Report on vaccination in the Province of Bengal - 1874-1889
Year: 1874
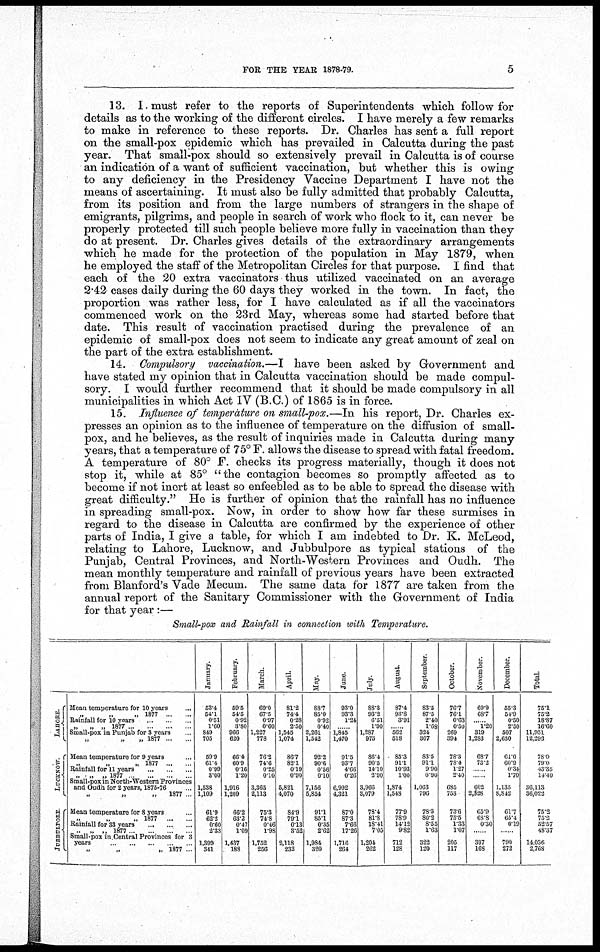
FOR THE YEAR 1878-79.
5
13. I must refer to the reports of Superintendents which follow for
details as to the working of the different circles. I have merely a few remarks
to make in reference to these reports. Dr. Charles has sent a full report
on the small-pox epidemic which has prevailed in Calcutta during the past
year. That small-pox should so extensively prevail in Calcutta is of course
an indication of a want of sufficient vaccination, but whether this is owing
to any deficiency in the Presidency Vaccine Department I have not the
means of ascertaining. It must also be fully admitted that probably Calcutta,
from its position and from the large numbers of strangers in the shape of
emigrants, pilgrims, and people in search of work who flock to it, can never be
properly protected till such people believe more fully in vaccination than they
do at present. Dr. Charles gives details of the extraordinary arrangements
which he made for the protection of the population in May 1879, when
he employed the staff of the Metropolitan Circles for that purpose. I find that
each of the 20 extra vaccinators thus utilized vaccinated on an average
2.42 cases daily during the 60 days they worked in the town. In fact, the
proportion was rather less, for I have calculated as if all the vaccinators
commenced work on the 23 rd May, whereas some had started before that
date. This result of vaccination practised during the prevalence of an
epidemic of small-pox does not seem to indicate any great amount of zeal on
the part of the extra establishment.
14. Compulsory vaccination.—I have been asked by Government and
have stated my opinion that in Calcutta vaccination should be made compul-
sory. I would further recommend that it should be made compulsory in all
municipalities in which Act IV (B.C.) of 1865 is in force.
15. Influence of temperature on small-pox.—In his report, Dr. Charles ex-
presses an opinion as to the influence of temperature on the diffusion of small-
pox, and he believes, as the result of inquiries made in Calcutta during many
years, that a temperature of 75° F. allows the disease to spread with fatal freedom.
A temperature of 80° F. checks its progress materially, though it does not
stop it, while at 85° "the contagion becomes so promptly affected as to
become if not inert at least so enfeebled as to be able to spread the disease with
great difficulty." He is further of opinion that the rainfall has no influence
in spreading small-pox. Now, in order to show how far these surmises in
regard to the disease in Calcutta are confirmed by the experience of other
parts of India, I give a table, for which I am indebted to Dr. K. McLeod,
relating to Lahore, Lucknow, and Jubbulpore as typical stations of the
Punjab, Central Provinces, and North-Western Provinces and Oudh. The
mean monthly temperature and rainfall of previous years have been extracted
from Blanford's Vade Mecum. The same data for 1877 are taken from the
annual report of the Sanitary Commissioner with the Government of India
for that year :—
Small-pox and Rainfall in connection with Temperature.
LAHORE.
LUCKNOW.
JUBBULPORE
Mean temperature for 10 years ...
„ „ „ 1877 ... ...
Rainfall for 10 years ... ... ...
„
„ „ 1877 ... ... ...
Small-pox in Punjab for 3 years
„ „ „ 1877 ... ...
Mean temperature for 9 years ...
„ „ „ 1877 ...
Rainfall for 11 years
...
...
...
„
„ „ 1877
...
...
...
Small-pox in North-Western Provinces
and Oudh for 2 years, 1875-76 .
„ „ „ 1877
Mean temperature for 8 years ...
„ „ „ 1877
...
...
Rainfall for 33 years
...
...
...
„
„
„
1877 ... ... ... ...
Small-pox in Central Provinces for 3
years
...
...
...
...
...
„ „ „ 1877 ...
January.
53.4
54.1
0.51
1.60
849
705
59.9
61.4
0.99
3.00
1,538
1,109
61.9
62.2
0.60
2.33
1,399
341
February.
59.5
54.5
0.92
3.80
966
620
66.4
60.9
0.16
1.20
1,916
1,209
66.2
63.2
0.47
1.09
1,437
188
March.
69.0
67.5
0.97
060
1,227
778
76.2
74.6
0.25
0.10
3,365
2,113
75.3
74.8
0.46
1.98
1,752
256
April.
81.2
74.4
0.28
2.50
1,545
1,074
86.7
82.1
0.19
0.90
5,821
4,070
84.9
79.1
0.13
3.52
2,118
232
May.
88.7
85.0
0.92
0.40
2,261
1,542
92.2
90.6
0.56
0.10
7,156
5,854
91.1
85.1
0.35
2.62
1,984
320
June.
93.0
93.3
1.24
...
1,845
1,470
91.5
93.7
4. 66
0.26
6,992
4,321
87.0
87.3
7.66
17.26
1,716
264
July.
88.3
93.2
6.51
1.90
1,287
975
86.4
90.5
14.10
2.90
3,966
3,079
78.4
81.8
18.41
7.05
1,204
262
August.
87.4
93.8
3.91
...
562
518
85.3
91.1
10.93
1.00
1,874
1,548
77.9
78.9
14.12
9.82
712
123
September.
83.5
87.5
2.40
1.68
324
307
83.5
91.1
9.90
0.90
1,063
796
78.3
80.2
8.55
1.63
322
120
October.
76.7
76.1
0.63
0.50
269
394
78.3
78.4
1.27
2.40
685
733
73.6
75.5
1.33
1.07
205
117
November.
69.9
68.7
...
1.20
319
1,283
68.7
73.2
...
...
602
2,328
65.9
68.8
0.30
...
397
168
December.
55.3
54.9
0.50
2.50
507
2,630
61.0
60.9
0.34
1.70
1,135
8,842
61.7
65.4
0.19
...
790
272
Total.
75.1
75.2
18.87
16.60
11,951
12,293
78.0
79.0
48.35
14.40
36,113
36,022
75.2
75.2
52.57
48.37
14,036
2,768